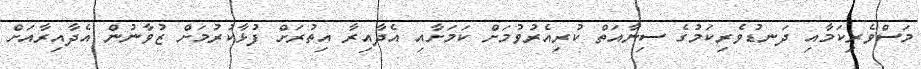
މަސްވެރިކަމާއި ދަނޑުވެރިކަމުގެ ސިނާއަތް ކުރިއެރުވުމަށް ކަމަށާއި އެދާއިރާ އިތުރަށް ފުޅާކުރުމަށް ޒުވާނުން އެދާއިރާއަށް